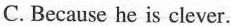
C. Because he is clever.